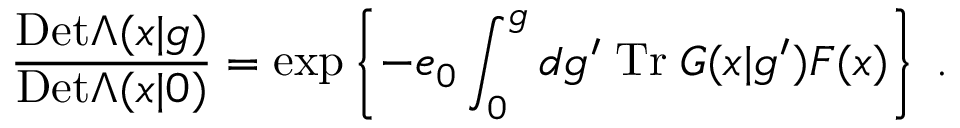
\frac { \mathrm { D e t } \Lambda ( x | g ) } { \mathrm { D e t } \Lambda ( x | 0 ) } = \exp \left\{ - e _ { 0 } \int _ { 0 } ^ { g } d g ^ { \prime } \; \mathrm { T r } \; { \cal G } ( x | g ^ { \prime } ) F ( x ) \right\} \; .